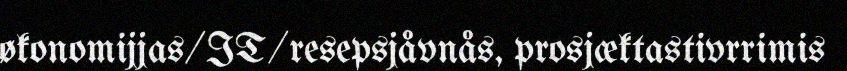
økonomijjas/IT/resepsjåvnås, prosjæktastivrrimis